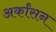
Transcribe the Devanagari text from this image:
अर्कांसन